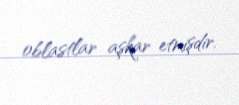
oblastlar aşkar etmişdir.